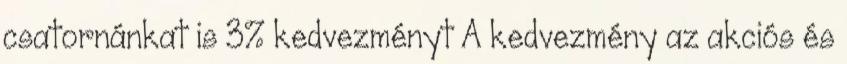
csatornánkat is 3% kedvezményt A kedvezmény az akciós és